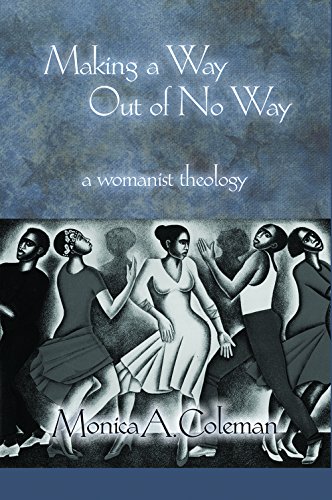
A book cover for Making a Way Out of No way: A Womanist Theology (Innovations: African American Religious Thought); Monica A. Coleman; Christian Books & Bibles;